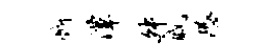
断潭舛戚恐